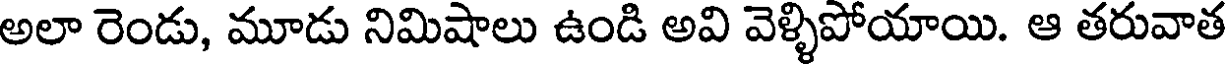
అలా రెండు, మూడు నిమిషాలు ఉండి అవి వెళ్ళిపోయాయి. ఆ తరువాత